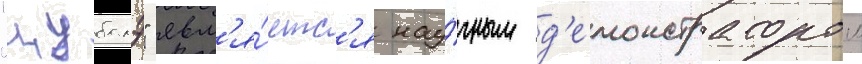
"цубамэ" явл'я́етс'я нау́чным д'емонстратором